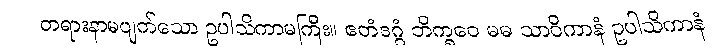
တရားနာမပျက်သော ဥပါသိကာမကြီး။ ဧတံဒဂ္ဂံ ဘိက္ခဝေ မမ သာဝိကာနံ ဥပါသိကာနံ